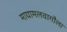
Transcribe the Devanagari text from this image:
मायामलवागौला